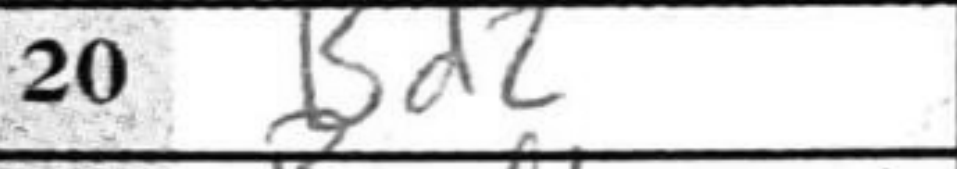
Transcription: Bd2